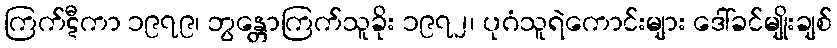
ကြက်ဋီကာ ၁၉၇၉၊ ဘွန္တောကြက်သူခိုး ၁၉၇၂၊ ပုဂံသူရဲကောင်းများ ဒေါ်ခင်မျိုးချစ်